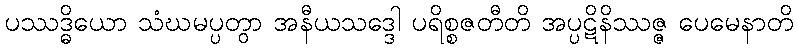
ပဿဒ္ဓိယော သံဃမပ္ပတွာ အနီယသဒ္ဒေါ ပရိစ္စဇတီတိ အပ္ပဋိနိဿဇ္ဇ ပေမေနာတိ